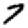
Digit: 7